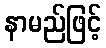
နာမည်ဖြင့်